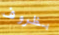
بظروف